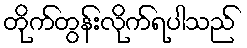
တိုက်တွန်းလိုက်ရပါသည်